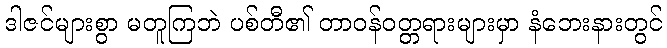
ဒါဇင်များစွာ မတူကြဘဲ ပစ်တီ၏ တာဝန်ဝတ္တရားများမှာ နံဘေးနားတွင်